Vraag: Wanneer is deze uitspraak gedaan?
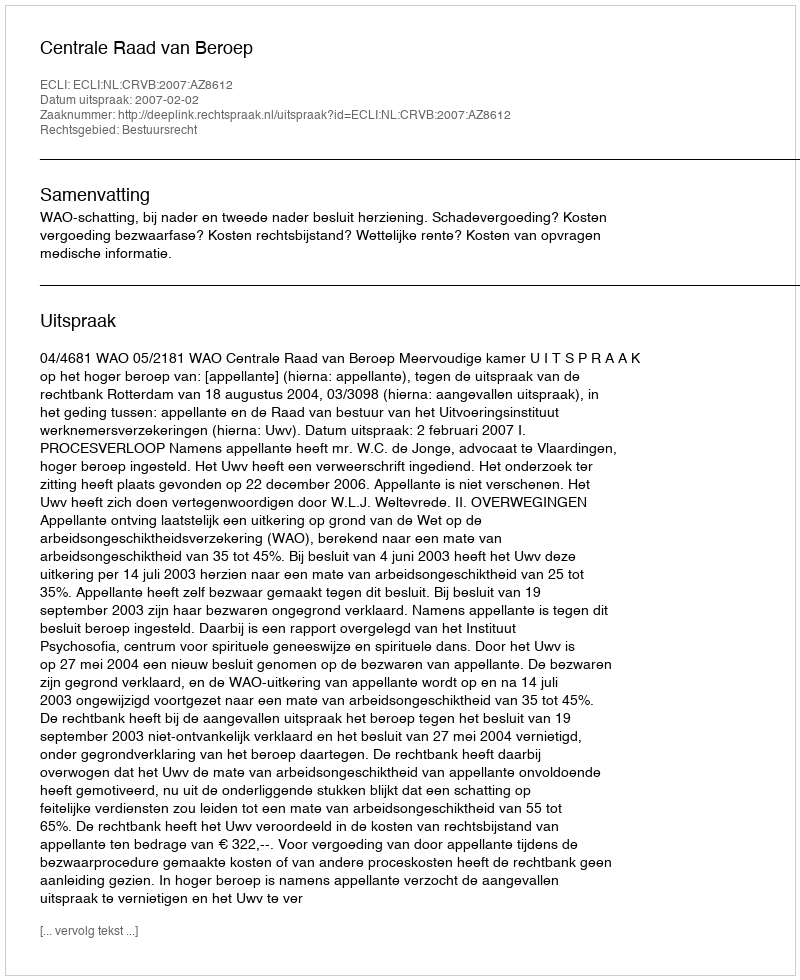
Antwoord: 2007-02-02